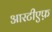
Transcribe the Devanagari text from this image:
आरटीएफ़